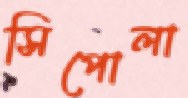
সিপোলা